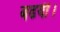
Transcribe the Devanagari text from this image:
बढयी।